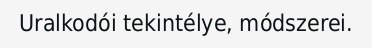
Uralkodói tekintélye, módszerei.